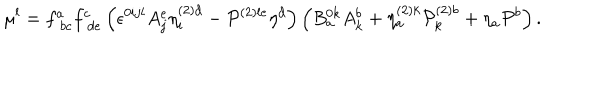
\mu ^ { l } = f _ { \; b c } ^ { a } f _ { \; d e } ^ { c } \left( \epsilon ^ { 0 i j l } A _ { j } ^ { e } \eta _ { i } ^ { \left( 2 \right) d } - { \cal P } ^ { \left( 2 \right) l e } \eta ^ { d } \right) \left( B _ { a } ^ { 0 k } A _ { k } ^ { b } + \eta _ { a } ^ { \left( 2 \right) k } { \cal P } _ { k } ^ { \left( 2 \right) b } + \eta _ { a } { \cal P } ^ { b } \right) .